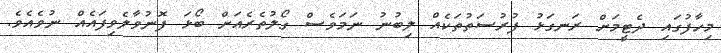
މިހާފުގައި ދެޓީމަށް ރަނގަޅު ފުރުސަތުތަކެއް ލިބުނު ނަމަވެސް ގޯލުތެރެއަށް ބޯޅަ ފޮނުވާލެވިފައެއް ނުވެއެވެ.